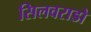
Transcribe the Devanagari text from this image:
सिलवराडो